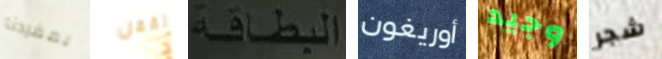
بمفردنا تقفل البطاقة أوريغون وجيد شجر